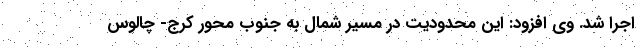
اجرا شد. وی افزود: این محدودیت در مسیر شمال به جنوب محور کرج- چالوس